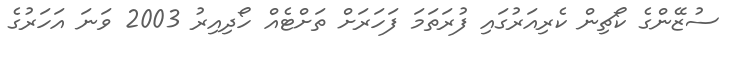
ސުޒޭންގެ ކޯޗިން ކެރިއަރުގައި ފުރަތަމަ ފަހަރަށް ތަށްޓެއް ހޯދިއިރު 2003 ވަނަ އަހަރުގެ